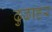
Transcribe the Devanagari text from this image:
ढुढाहर